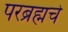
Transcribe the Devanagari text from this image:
परब्रह्मचे